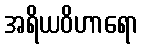
အရိယဝိဟာရော